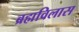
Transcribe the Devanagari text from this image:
ब्रह्मविलास